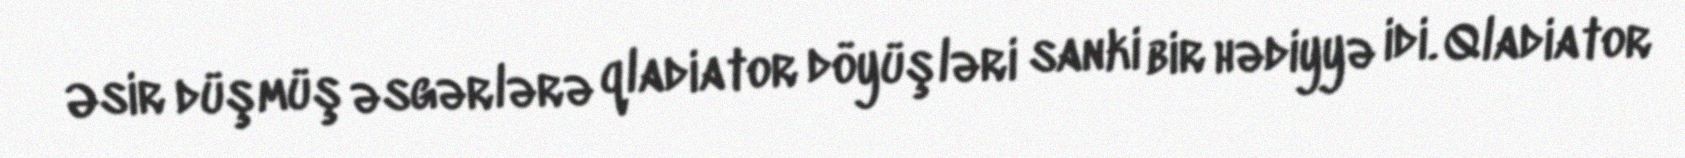
Əsir düşmüş əsgərlərə qladiator döyüşləri sanki bir hədiyyə idi. Qladiator